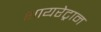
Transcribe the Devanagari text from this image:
थायरेट्रान